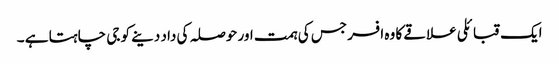
ایک قبائلی علاقے کا وہ افسر جس کی ہمت اور حوصلہ کی داد دینے کو جی چاہتا ہے ۔